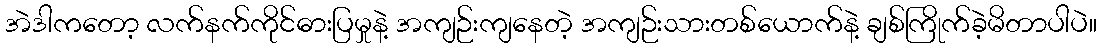
အဲဒါကတော့ လက်နက်ကိုင်ဓားပြမှုနဲ့ အကျဉ်းကျနေတဲ့ အကျဉ်းသားတစ်ယောက်နဲ့ ချစ်ကြိုက်ခဲ့မိတာပါပဲ။